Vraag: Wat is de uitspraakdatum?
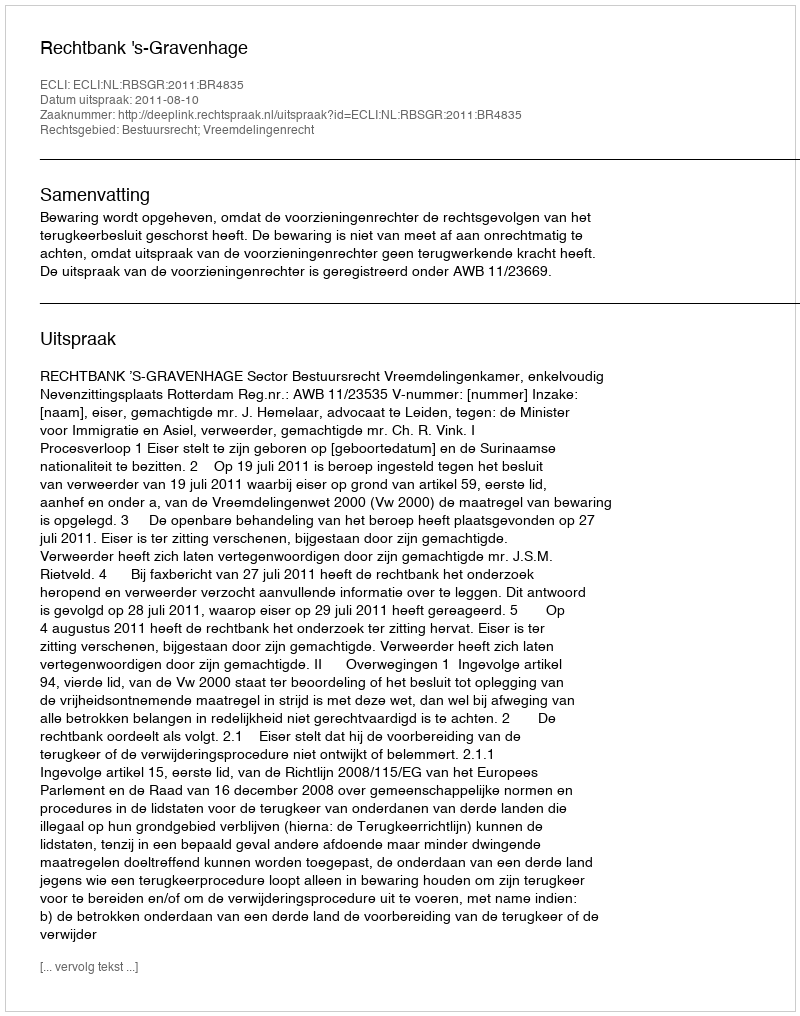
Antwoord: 2011-08-10